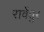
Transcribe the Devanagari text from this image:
रार्वेंतुर